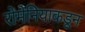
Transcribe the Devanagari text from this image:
रोमेनियाकडून